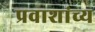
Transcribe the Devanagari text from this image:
प्रवाशांच्य